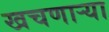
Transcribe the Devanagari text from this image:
खचणार्‍या